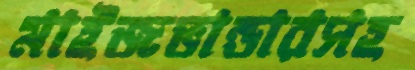
মাইজভান্ডারসহ